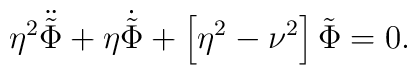
\eta^2 \ddot {\tilde \Phi} + \eta \dot{\tilde \Phi} +      \left [ \eta^2 - \nu^2 \right ] \tilde \Phi = 0.